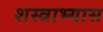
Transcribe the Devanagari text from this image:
शस्त्राभ्यास